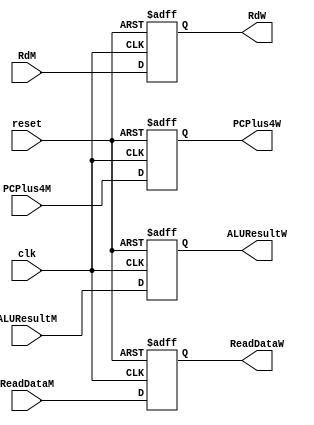
/*
	Name: Pipeline register between Memory Access and WriteBack Stage
*/


module IMem_IW (clk, reset, ALUResultM, ReadDataM, RdM, PCPlus4M, ALUResultW, ReadDataW, RdW, PCPlus4W);
	

input  clk, reset;
                input  [31:0] ALUResultM, ReadDataM; 
                input  [4:0] RdM;
                input [31:0]PCPlus4M;
                output reg [31:0]ALUResultW,ReadDataW;
                output reg [4:0]RdW;
                output reg [31:0]PCPlus4W;

always @( posedge clk, posedge reset ) begin 
    if (reset) begin
        ALUResultW <= 0;
        ReadDataW <= 0;
        
        RdW <= 0; 
        PCPlus4W <= 0;
    end

    else begin
        ALUResultW <= ALUResultM;
        ReadDataW <= ReadDataM;
        
        RdW <= RdM; 
        PCPlus4W <= PCPlus4M;        
    end
    
end

endmodule